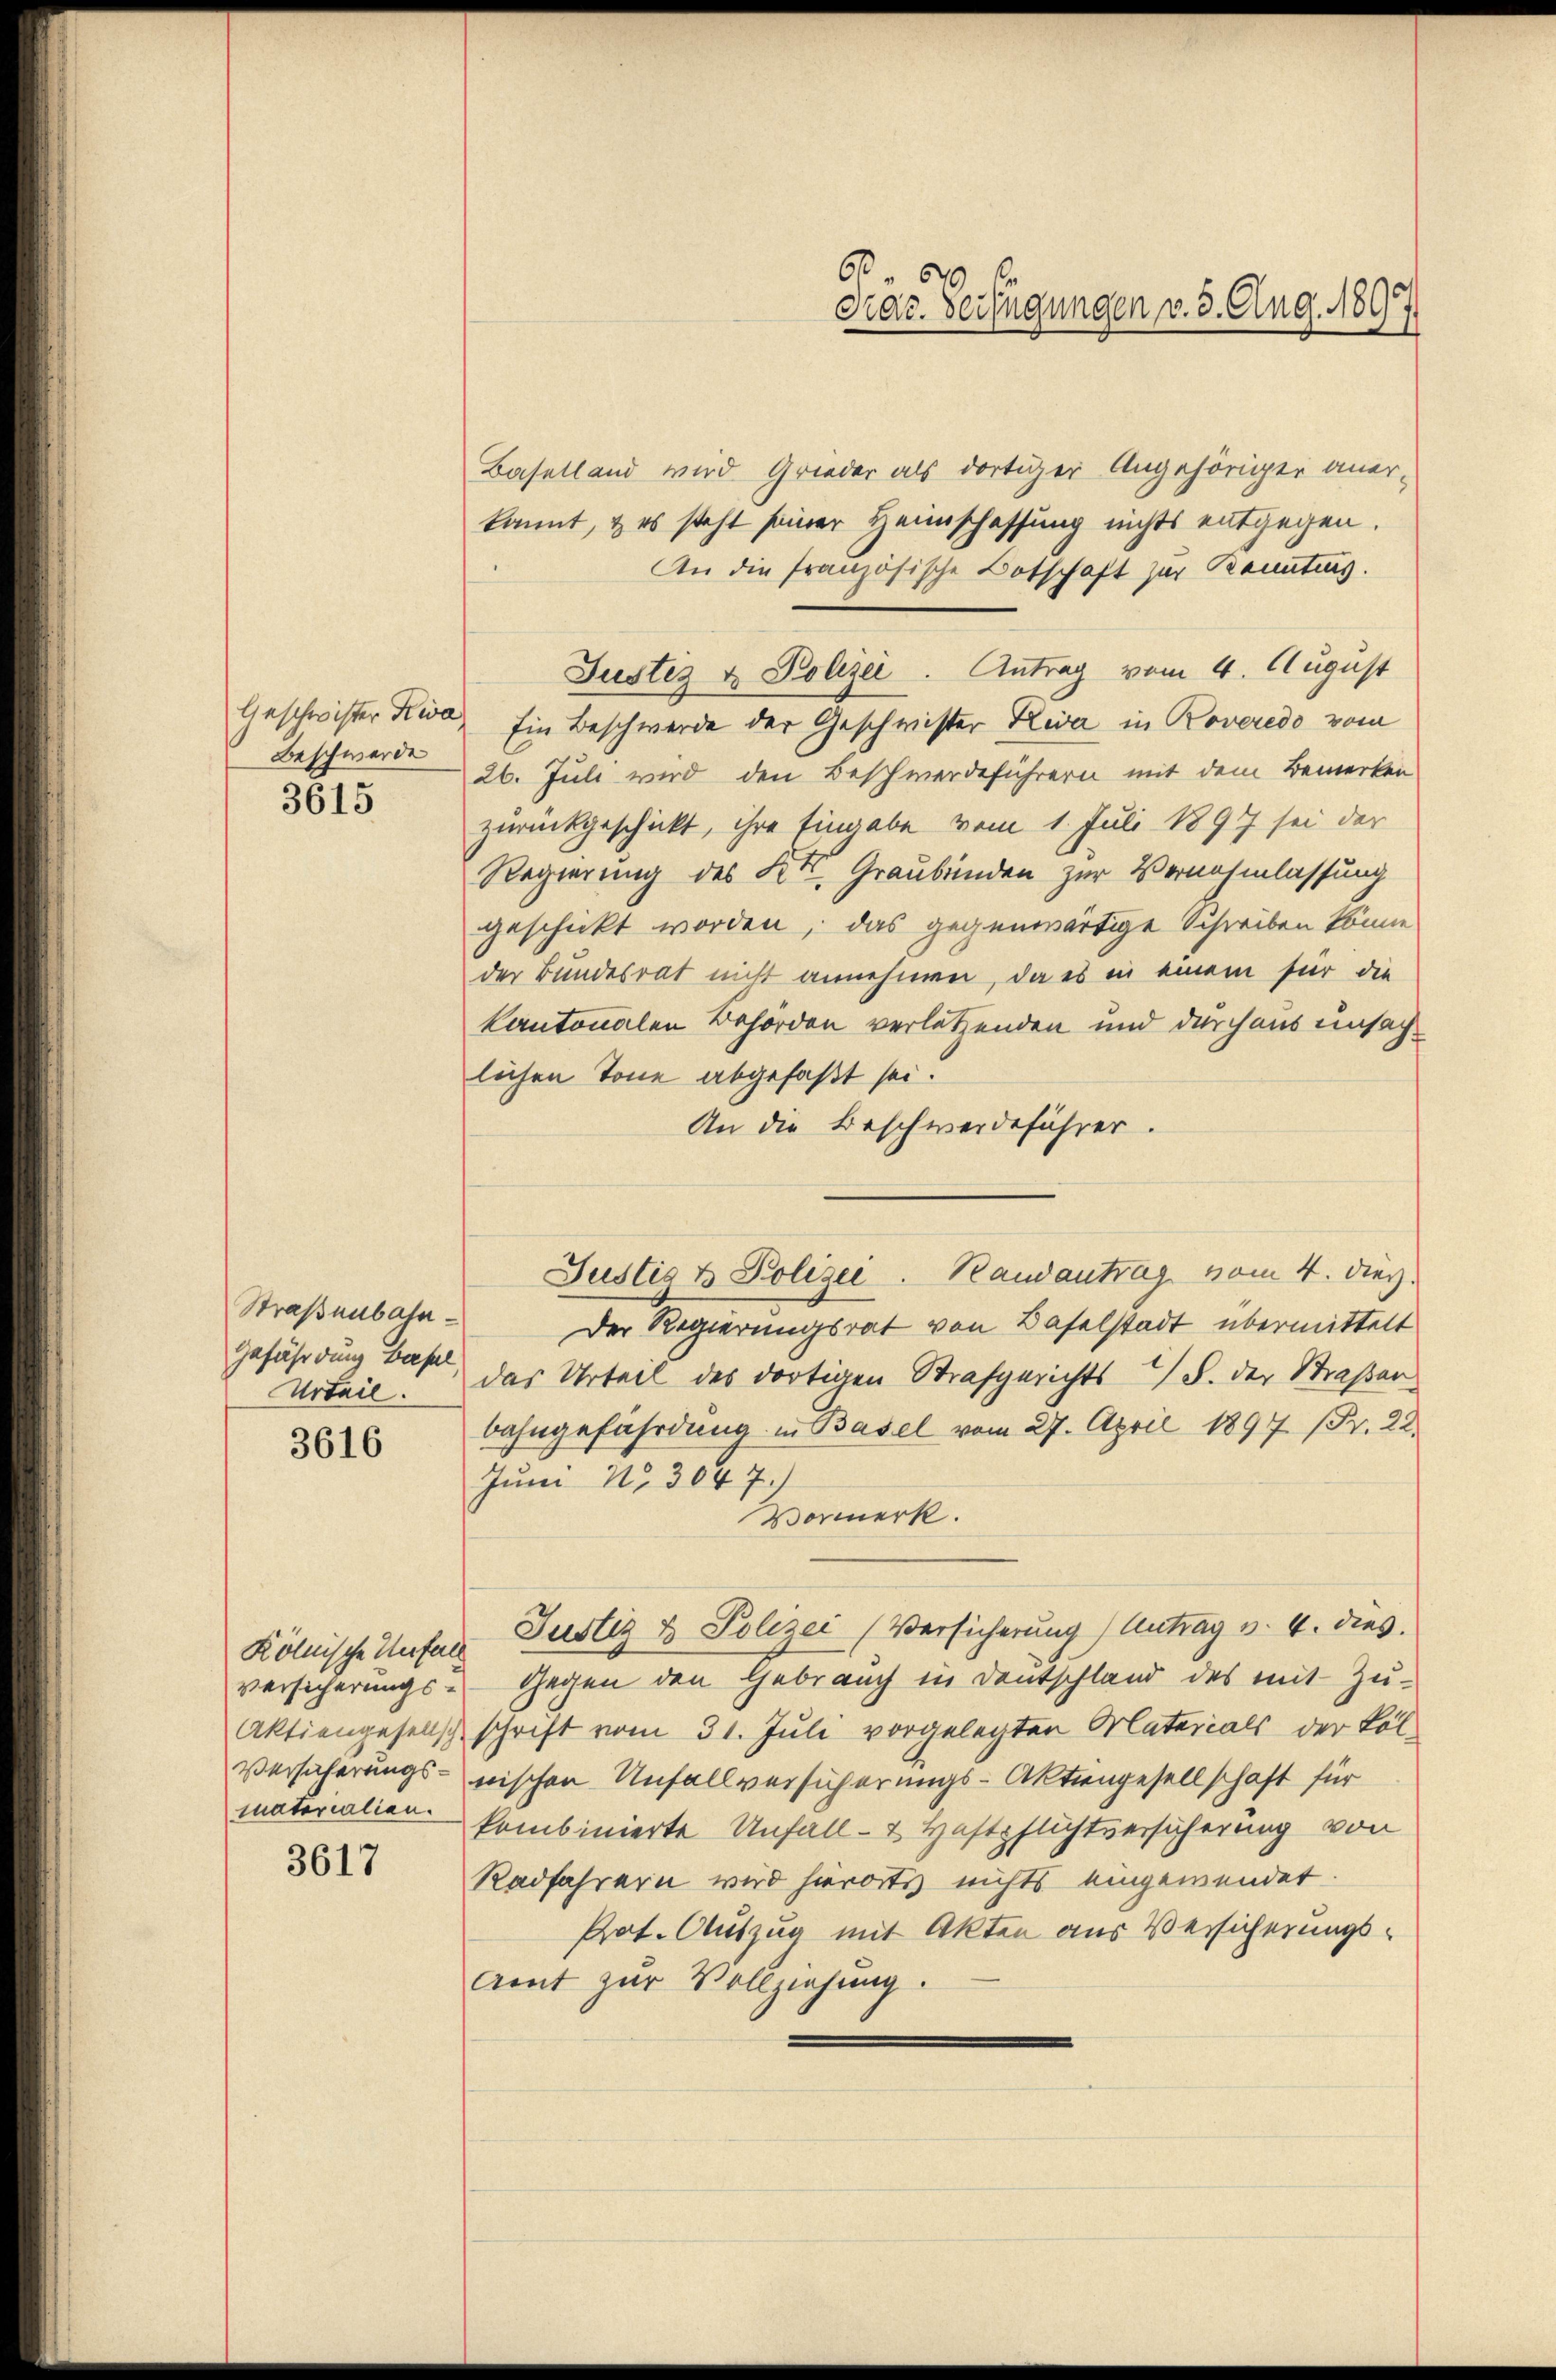
Beschwerde
3615

Straßenbahn¬
Urtail.
3616

Baselland wird Grieder als dortiger Angehöriger aner-
kannt, & es steht seiner Heimschaffung nichts entgegen.
An die französische Botschaft zur Kenntung.
Justiz & Polizei. Antrag vom 4. August
Geschwister Kia, Ein Beschwerde der Geschwister Riva in Roveredo vom
26. Juli wird den Beschwerdeführern mit dem Bemerken
zurückgeschickt, ihre Eingabe vom 1. Juli 1897 sei der
Regierung des K. Graubünden zur Vernehmlassung
geschickt worden, das gegenwärtige Schreiben könne
der Bundesrat nicht annehmen, da es in einem für die
kantonalen Behörden verletzenden und durchaus unsachlichen Tone abgefaßt sei.
An die Beschwerdeführer.
Der Regierungsrat von Baselstadt übermittelt
gefährdung bat, das Urteil des dortigen Strafgerichts 2 S. der Straßen
bahngefährdung in Basel vom 27. April 1897 (Fr. 22.
Juni 15304 f.)
Vormerk.
Kölnische Unter Justiz & Polizei (Versicherung Antrag v. 4. dies
versicherungs- Gegen den Gebrauch in Deutschland des mit Zu¬
Aktiengesellsch schrift vom 31. Juli vorgelegten Materials der Vol¬
Versicherungs- nischen Unfallversicherungs-Aktiengesellschaft für
kombinierte Unfall- & Haftpflichtversicherung von
Radfahrern wird hierorts nichts eingewendet.
Pot. Auszug mit Akten aus Versicherungs¬
Amt zur Vollziehung.

materialien.

3617

6
Grac. Verfügungen v. 3. Aug. 189

Justiz & Polizei. Randantrag vom 4. dies